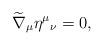
LaTeX: \begin{align*}\widetilde{\nabla}_{\mu} \eta^{\mu} {_{\nu}} = 0,\end{align*}